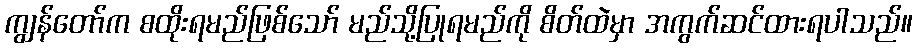
ကျွန်တော်က စထိုးရမည်ဖြစ်သော် မည်သို့ပြုရမည်ကို စိတ်ထဲမှာ အကွက်ဆင်ထားရပါသည်။